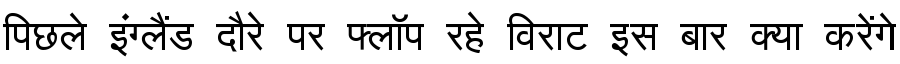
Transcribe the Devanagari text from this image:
पिछले इंग्लैंड दौरे पर फ्लॉप रहे विराट इस बार क्या करेंगे